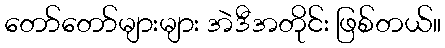
တော်တော်များများ အဲဒီအတိုင်း ဖြစ်တယ်။